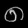
Digit: ၈